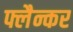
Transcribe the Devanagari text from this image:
फ्लैन्कर